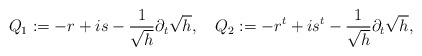
\begin{align*}Q_1:=-r+is-\frac{1}{\sqrt{h}}\partial_t\sqrt{h},\quad Q_2:=-r^t+is^t-\frac{1}{\sqrt{h}}\partial_t\sqrt{h},\end{align*}